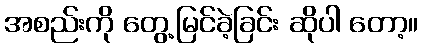
အစည်းကို တွေ့မြင်ခဲ့ခြင်း ဆိုပါ တော့။